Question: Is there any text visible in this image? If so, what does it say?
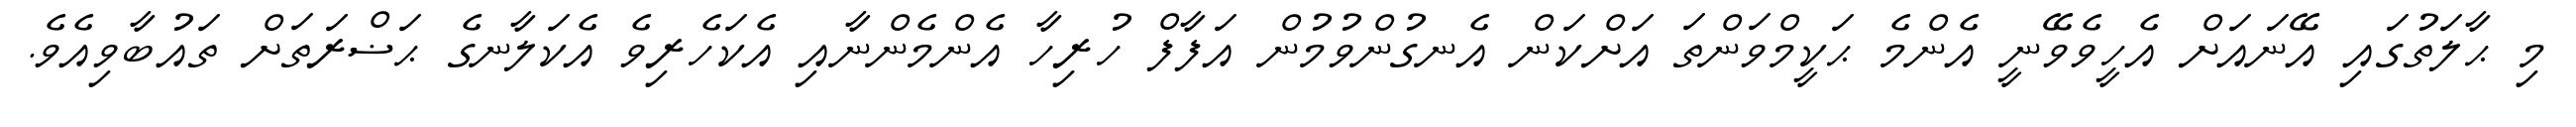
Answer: މި ޙާލަތުގައި އޭނައަށް އެހީވެވޭނީ އެންމެ ޙަކީމްވަންތަ އަށްކަން އެނގުންވުމުން އަފާފް ހުރިހާ އެންމެންނާއި އެކަހެރިވެ އެކަލާނގެ ޙަޟްރަތަށް ތައުބާވިއެވެ.